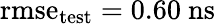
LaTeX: \mathrm{rmse}_{\mathrm{test}}=0.60~\mathrm{ns}